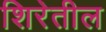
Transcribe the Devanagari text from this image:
शिरेतील